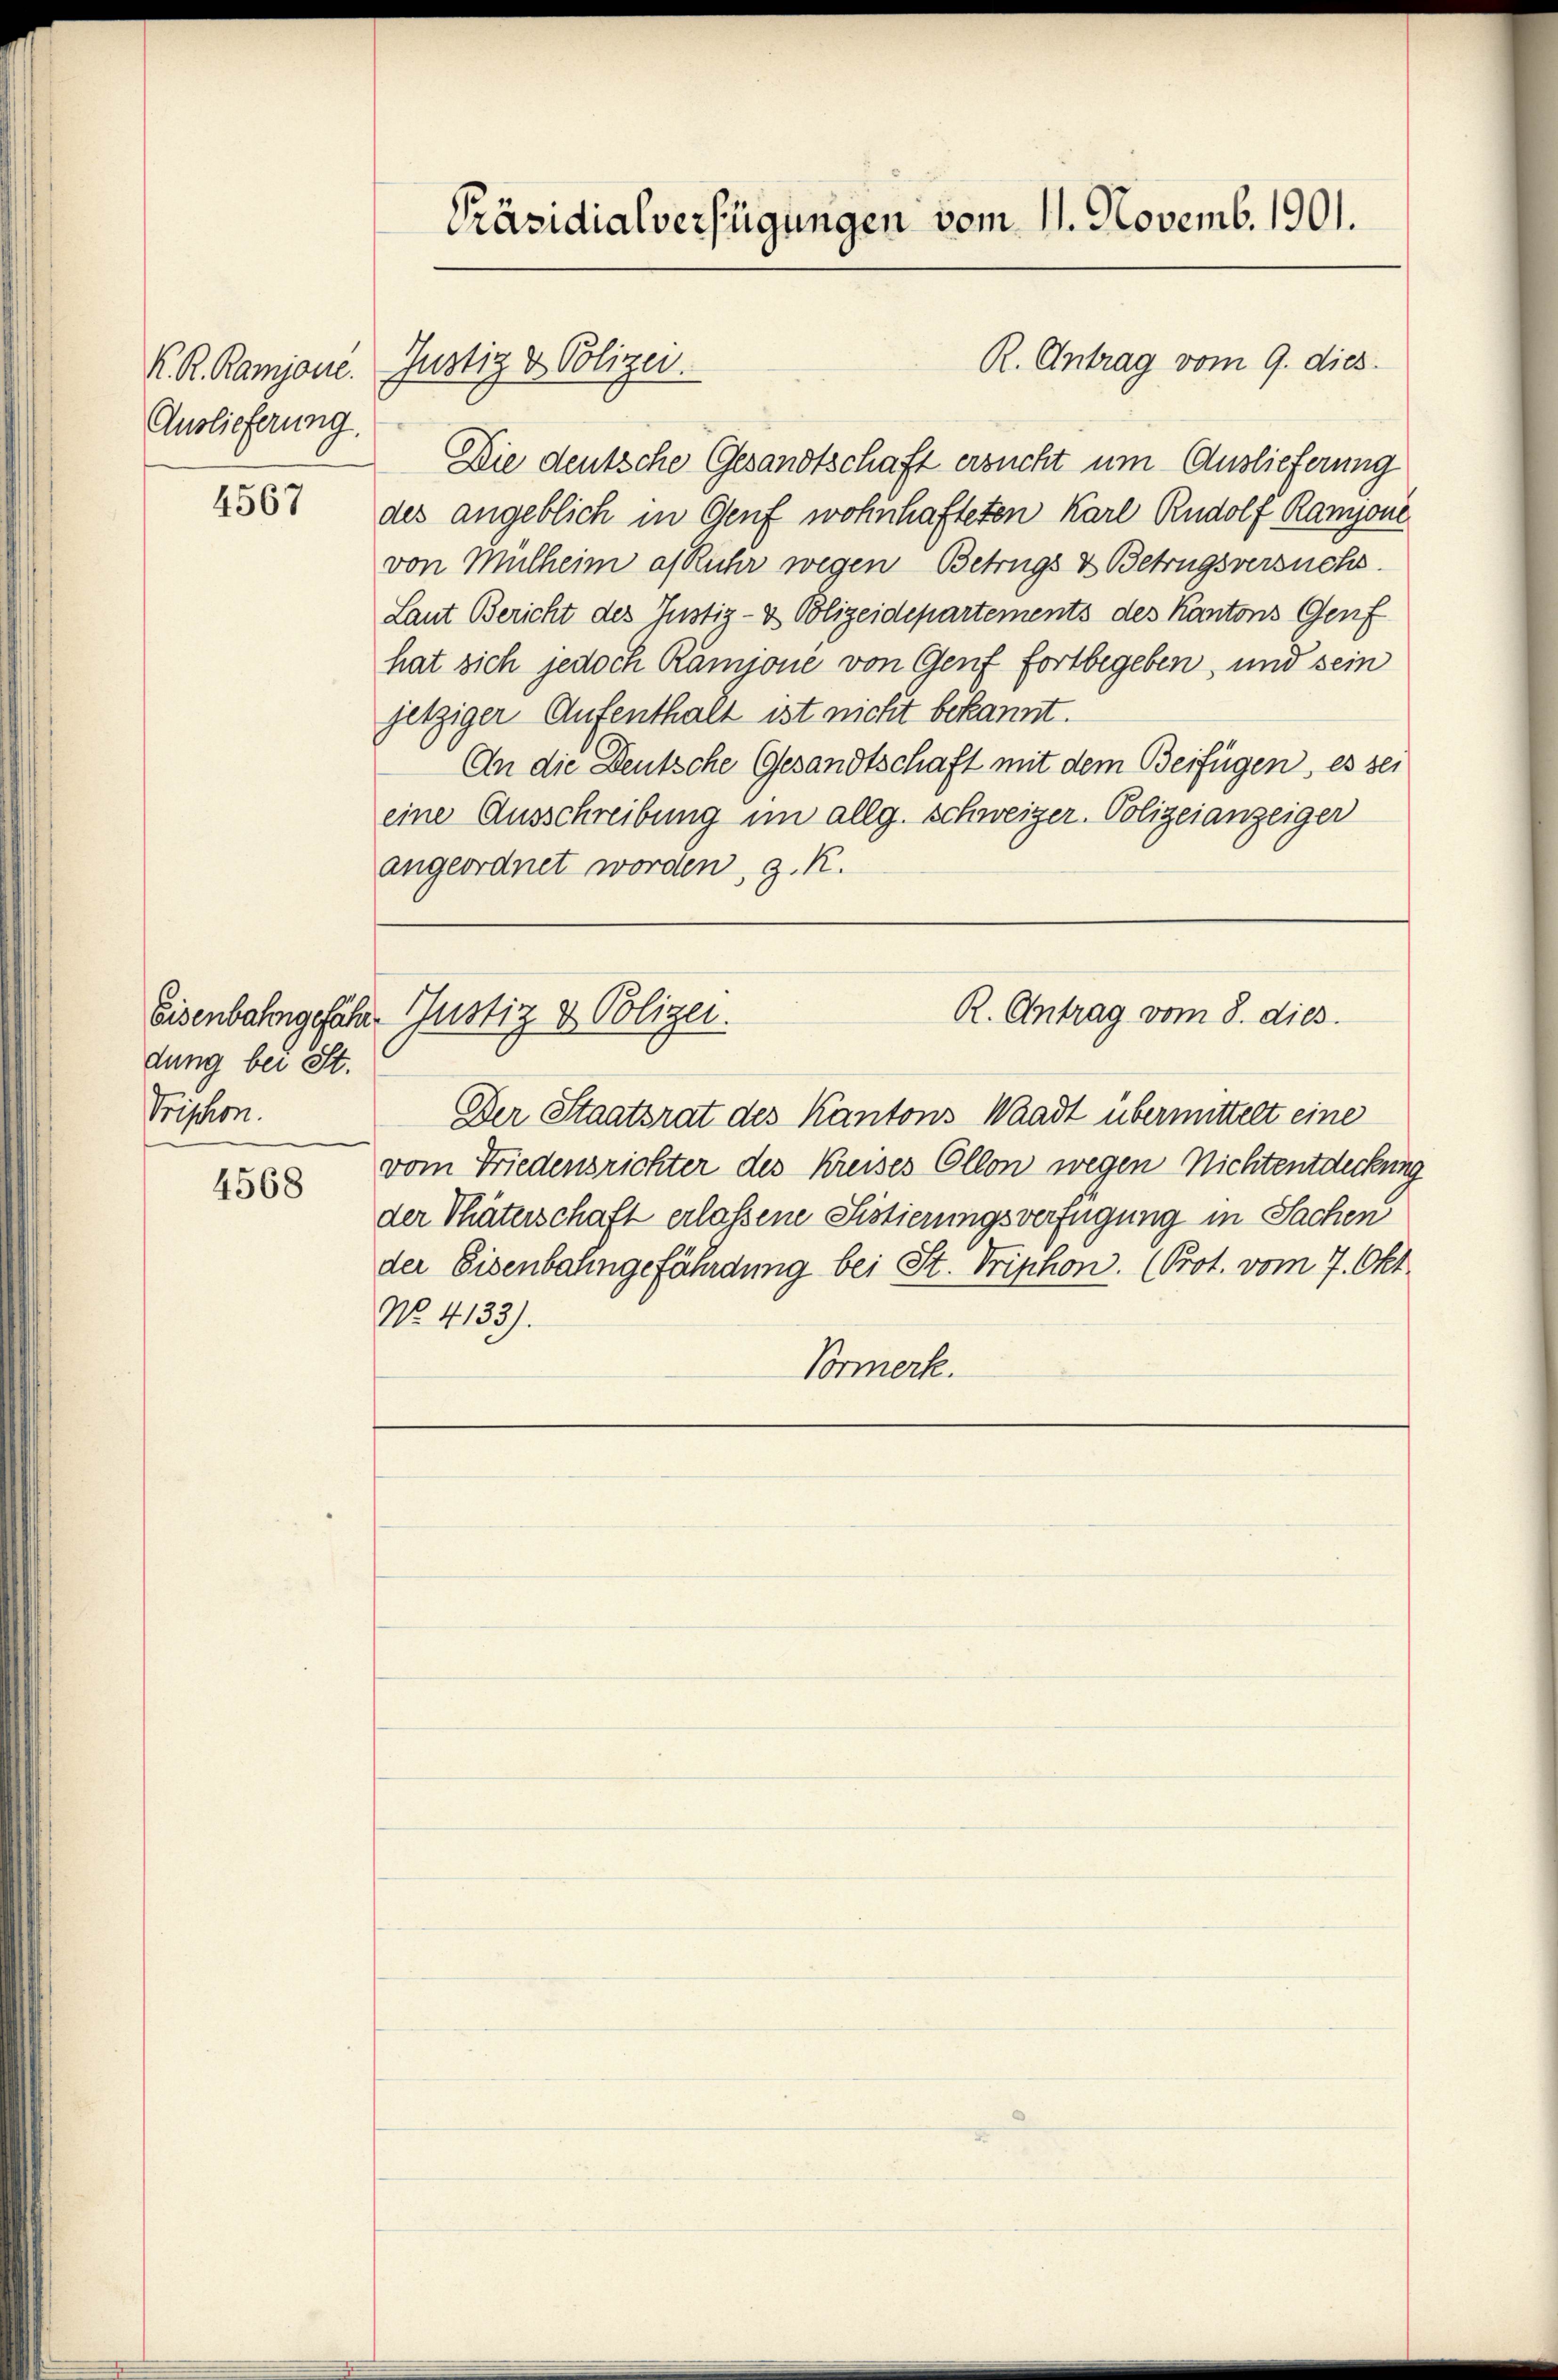
Auslieferung.

4567

dung bei St.
Triphon.

4568

Präsidialverfügungen vom 11. Novemb. 1901.

K. R. Rampone. Justiz & Polizei.

Die deutsche Gesandtschaft ersucht um Auslieferung
des angeblich in Genf wohnhafteten Karl Rudolf Ramponi
von Mülheim a/Ruhr wegen Betrugs & Betrugsversuchs.
Laut Bericht des Justiz- & Polizeidepartements des Kantons Genf
hat sich jedoch Rampone von Genf fortbegeben, und sein
jetziger Aufenthalt ist nicht bekannt.
An die Deutsche Gesandtschaft mit dem Beifügen, es sei
eine Ausschreibung im allg. Schweizer. Polizeianzeiger
angeordnet worden, z. K.
R. Antrag vom 8. dies
Eisenbahngefähr Justiz & Polizei.
Der Staatsrat des Kantons Waadt übermittelt eine
vom Friedensrichter des Kreises Ollon wegen Nichtentdeckung
der Thäterschaft erlassene Sistierungsverfügung in Sachen
der Eisenbahngefährdung bei St. Triphon. (Prot. vom 7. Okt.
No. 4133).
Vormerk.

R. Antrag vom 9. dies